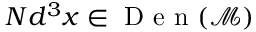
N d ^ { 3 } x \in \mathrm { ~ D ~ e ~ n ~ } ( \mathcal { M } )